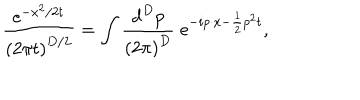
\frac { \mathrm { e } ^ { - x ^ { 2 } / 2 t } } { \left( 2 \pi t \right) ^ { D / 2 } } = \int \frac { \mathrm { d } ^ { D } p } { \left( 2 \pi \right) ^ { D } } \; \mathrm { e } ^ { - i p \cdot x - \frac 1 2 p ^ { 2 } t } ,